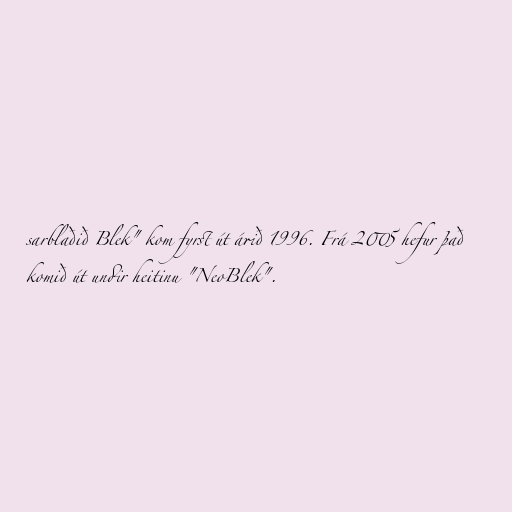
sarblaðið Blek" kom fyrst út árið 1996. Frá 2005 hefur það
komið út undir heitinu "NeoBlek".